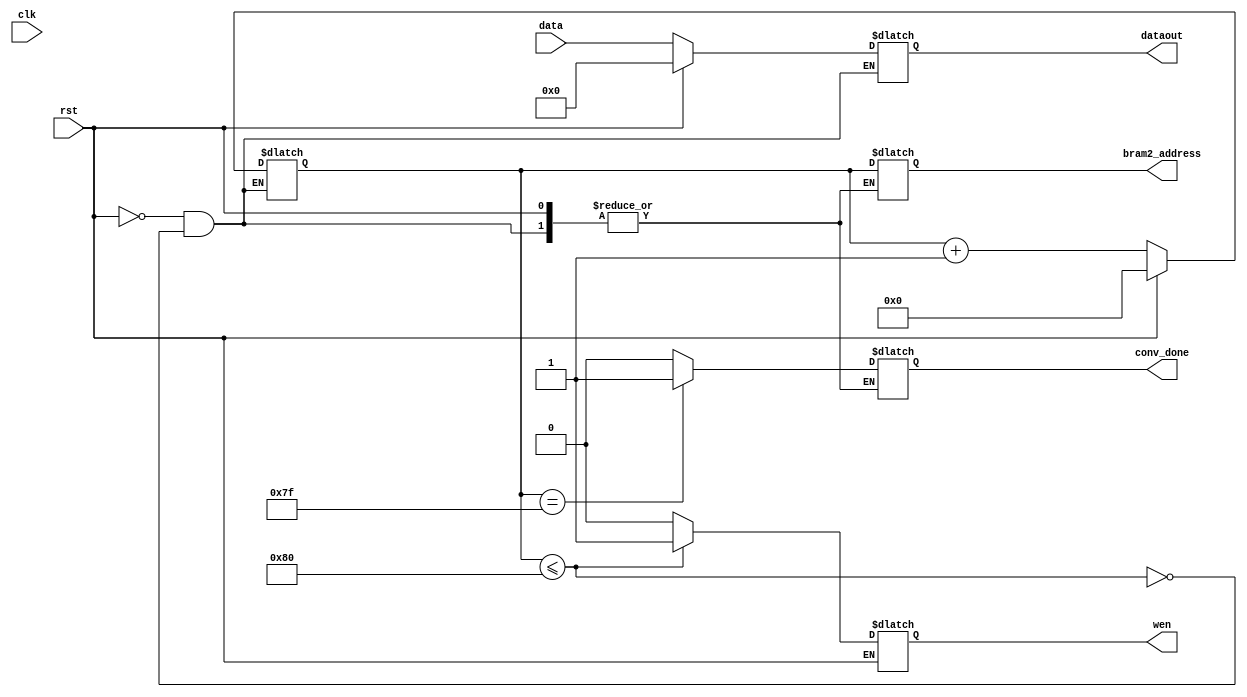
`timescale 1ns / 1ps

module output_control(
    input clk,
    input rst,
    input [1023:0] data,
    output reg [1023:0] dataout,
    output reg conv_done,
    output reg [7:0] bram2_address,
    output reg wen
    );
    
reg [7:0] counter=0;


always @(data,rst) begin
    if(rst)
        begin
        dataout<=0;
        counter<=0;
        end
    else
    begin
        if(counter <=128)
            begin
            wen<=1'b1;
            dataout<=data;
            bram2_address<=counter;
            counter<=counter+1;
            if(counter == 127)
                conv_done <=1;
            else
                conv_done<=0;
            end
        else
            begin
            wen<=1'b0;
            end
        end
    end
      
endmodule